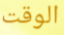
الوقت